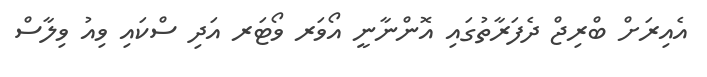
އެއިރަށް ބްރިޖް ދެފަރާތުގައި އޮންނާނީ އޯވަރ ވޯޓަރ އަދި ސްކައި ވިއު ވިލާސް